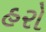
હરો